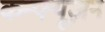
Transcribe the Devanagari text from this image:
कन्फ्यूज़न